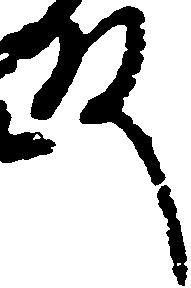
殿